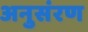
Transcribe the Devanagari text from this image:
अनुसंरण